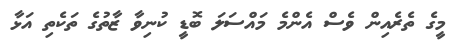
މީގެ ތެރެއިން ވެސް އެންމެ މައްސަލަ ބޮޑީ ކުނިވާ ޒާތުގެ ތަކެތި އަޅާ